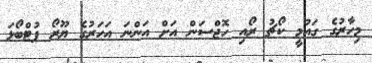
މިހާރުގެ ގައުމީ ކޯޗު ރޯއި ހޮޖްސަން އަށް އަންނަ އަހަރުގެ ޔޫރޯ ފުޓްބޯޅަ